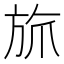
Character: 𬀄